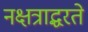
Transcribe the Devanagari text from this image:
नक्षत्राद्धरते